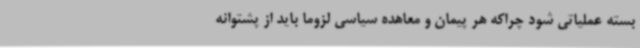
بسته عملیاتی شود چراکه هر پیمان و معاهده سیاسی لزوما باید از پشتوانه